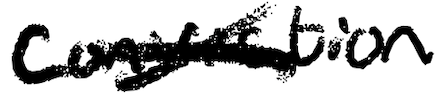
Text: conviction
Cross-out: cross
Writing tool: digital_black